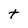
Character: t